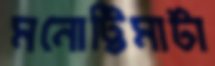
মনোট্টিমাটা